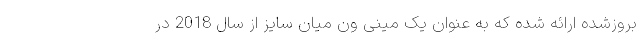
بروزشده ارائه شده که به عنوان یک مینی ون میان سایز از سال 2018 در